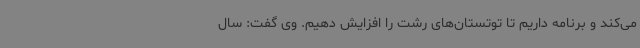
می‌کند و برنامه داریم تا توتستان‌های رشت را افزایش دهیم. وی گفت: سال